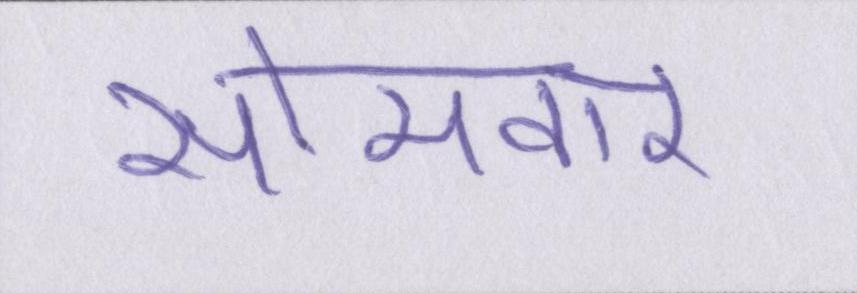
सोमवार